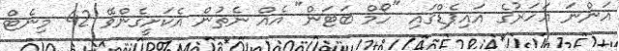
އަންނަ އަހަރުގެ އައިޕެޑްގައި "ހޯމް ބަޓަން" އެއް ނެތުން އެކަށީގެންވޭ 42 މިނެޓް